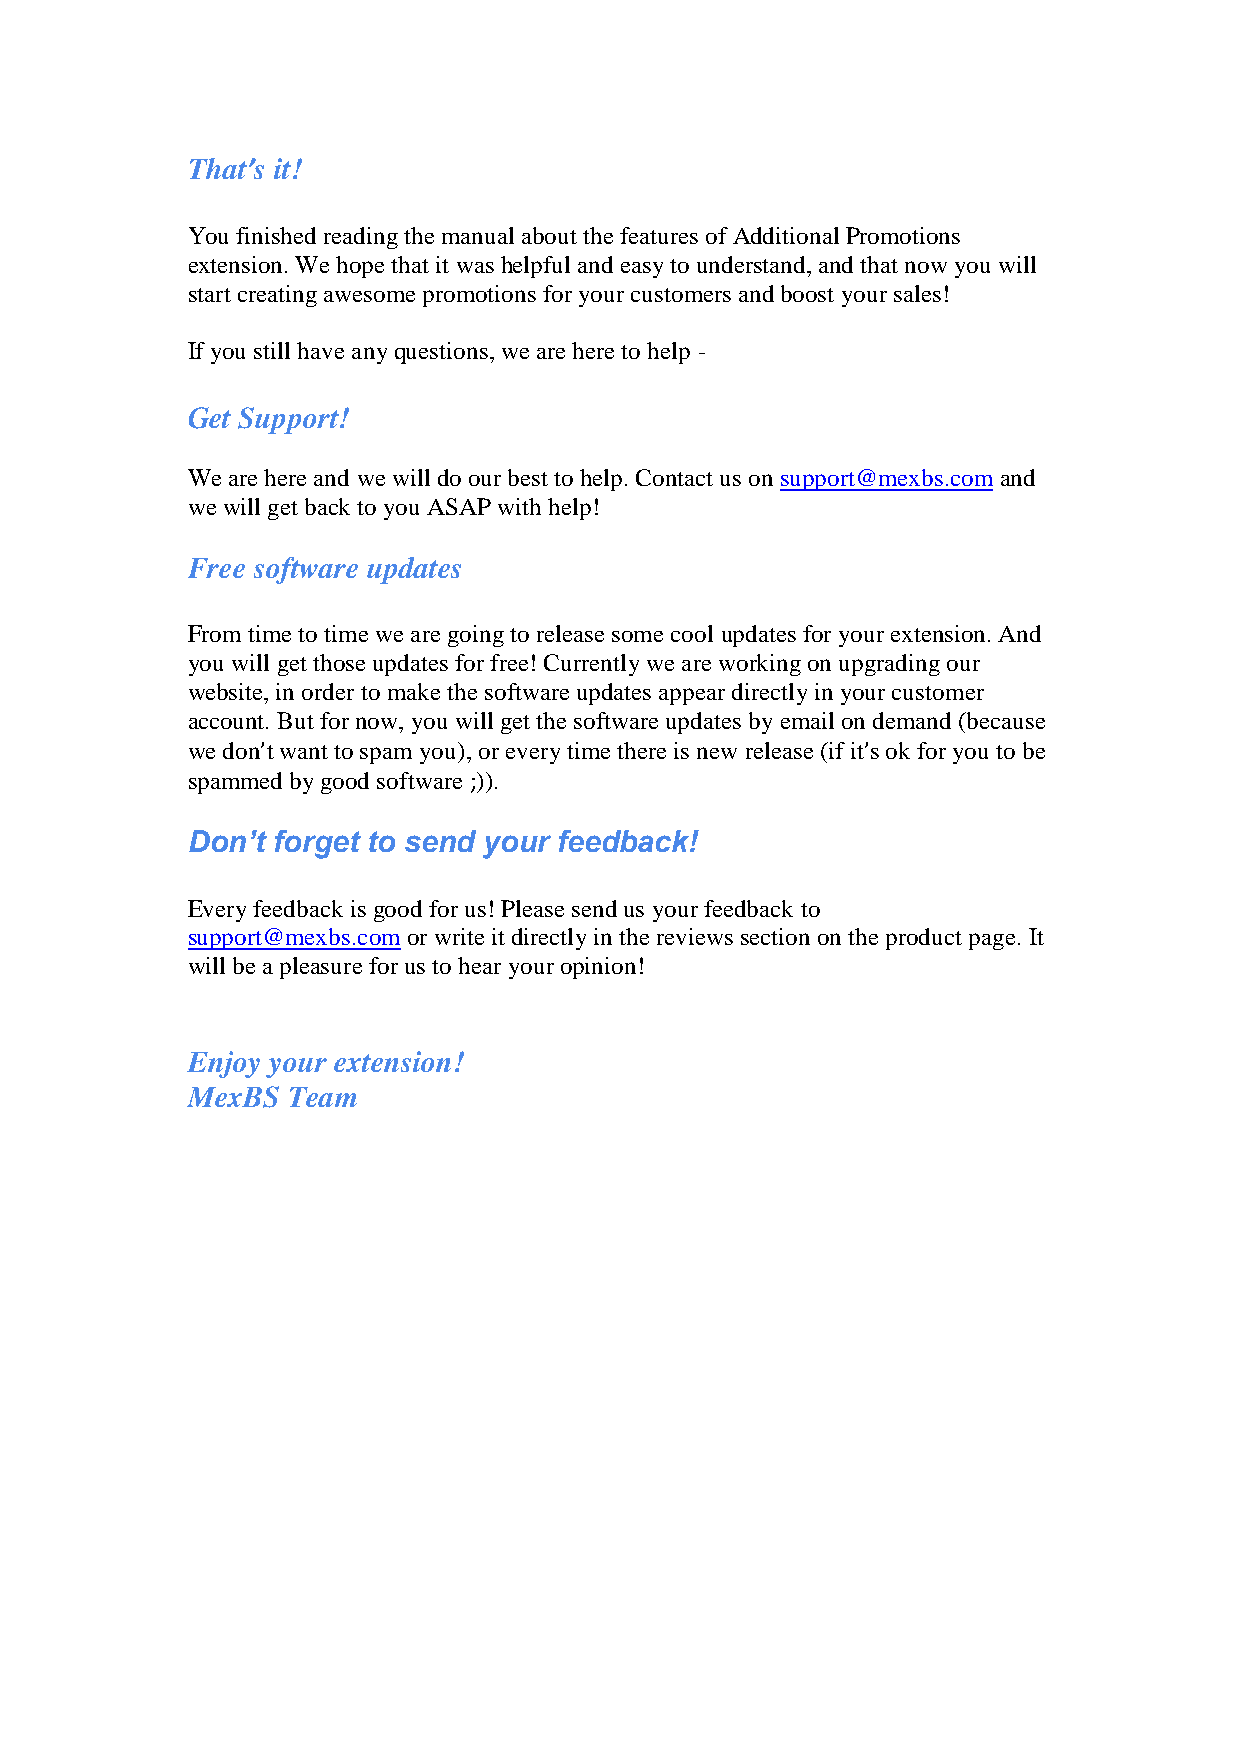
That’s it!
 You finished reading the manual about the features of Additional Promotions
 extension. We hope that it was helpful and easy to understand, and that now you will
 start creating awesome promotions for your customers and boost your sales!
 If you still have any questions, we are here to help -
 Get Support!
 We are here and we will do our best to help. Contact us on support@mexbs.com and
 we will get back to you ASAP with help!
 Free software updates
 From time to time we are going to release some cool updates for your extension. And
 you will get those updates for free! Currently we are working on upgrading our
 website, in order to make the software updates appear directly in your customer
 account. But for now, you will get the software updates by email on demand (because
 we don’t want to spam you), or every time there is new release (if it’s ok for you to be
 spammed by good software ;)).
 Don’t forget to send your feedback!
 Every feedback is good for us! Please send us your feedback to
 support@mexbs.com or write it directly in the reviews section on the product page. It
 will be a pleasure for us to hear your opinion!
 Enjoy your extension!
 MexBS  Team